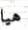
هيا